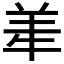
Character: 𬙮